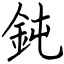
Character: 鈍